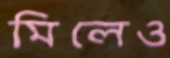
মিলেও